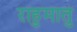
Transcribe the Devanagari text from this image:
राहुमातु